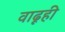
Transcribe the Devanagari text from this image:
वाढूही